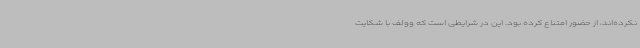
نکرده‌اند، از حضور امتناع کرده بود. این در شرایطی است که وولف با شکایت